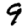
Digit: 9